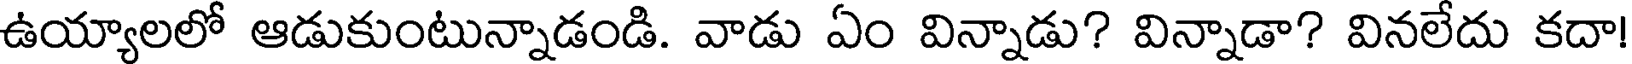
ఉయ్యాలలో ఆడుకుంటున్నాడండి. వాడు ఏం విన్నాడు? విన్నాడా? వినలేదు కదా